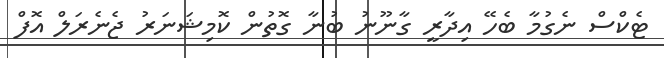
ޓެކްސް ނެގުމާ ބެހޭ އިދާރީ ގާނޫނު ބުނާ ގޮތުން ކޮމިޝަނަރު ޖެނެރަލް އޮފް